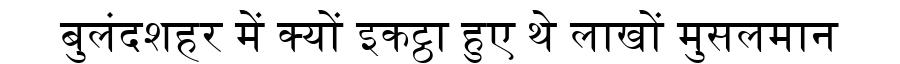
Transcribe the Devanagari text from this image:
बुलंदशहर में क्यों इकट्ठा हुए थे लाखों मुसलमान